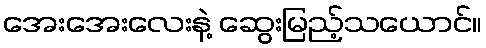
အေးအေးလေးနဲ့ ဆွေးမြည့်သယောင်။